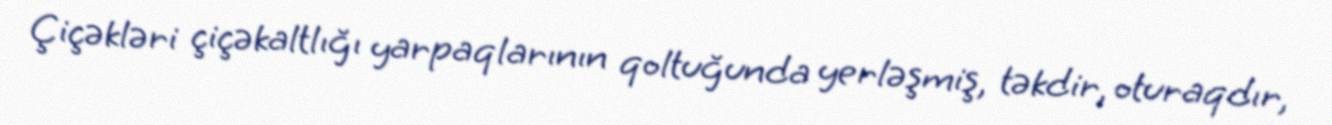
Çiçəkləri çiçəkaltlığı yarpaqlarının qoltuğunda yerləşmiş, təkdir, oturaqdır,